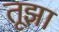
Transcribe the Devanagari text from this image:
तूझा